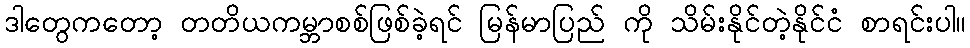
ဒါတွေကတော့ တတိယကမ္ဘာစစ်ဖြစ်ခဲ့ရင် မြန်မာပြည် ကို သိမ်းနိုင်တဲ့နိုင်ငံ စာရင်းပါ။